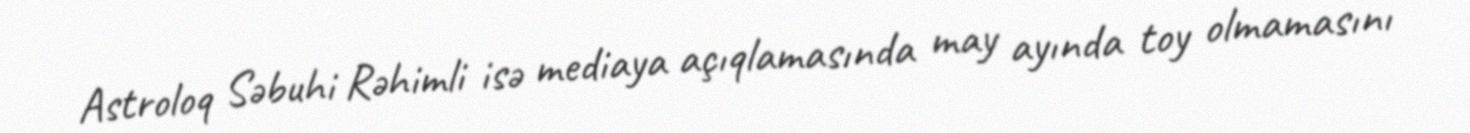
Astroloq Səbuhi Rəhimli isə mediaya açıqlamasında may ayında toy olmamasını